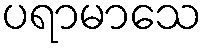
ပရာမာသေ